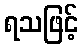
ရသဖြင့်